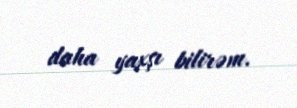
daha yaxşı bilirəm.